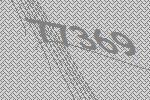
77369